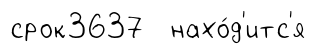
срок3637 нахо́д'итс'я